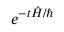
e ^ { - t { \hat { H } } / \hbar }